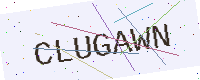
Text: CLUGAWN